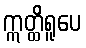
ဣတ္ထိရူပေ